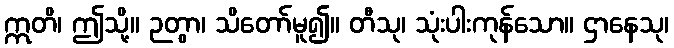
ဣတိ၊ ဤသို့။ ဉတွာ၊ သိတော်မူ၍။ တီသု၊ သုံးပါးကုန်သော။ ဌာနေသု၊